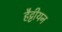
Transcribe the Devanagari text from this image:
हैट्टीयन